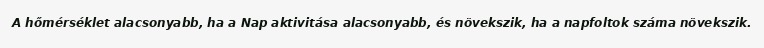
A hőmérséklet alacsonyabb, ha a Nap aktivitása alacsonyabb, és növekszik, ha a napfoltok száma növekszik.